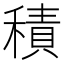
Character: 積